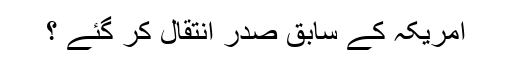
امریکہ کے سابق صدر انتقال کر گئے ؟